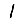
Digit: 1